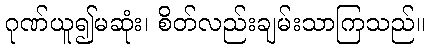
ဂုဏ်ယူ၍မဆုံး၊ စိတ်လည်းချမ်းသာကြသည်။